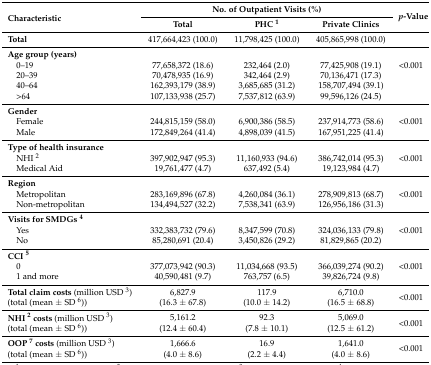
<table><thead><tr><td rowspan="2"><b>Characteristic</b></td><td colspan="3"><b>No. of Outpatient Visits (%)</b></td><td rowspan="2"><b><i>p</i>-Value</b></td></tr><tr><td><b>Total</b></td><td><b>PHC <sup>1</sup></b></td><td><b>Private Clinics</b></td></tr></thead><tbody><tr><td><b>Total</b></td><td>417,664,423 (100.0)</td><td>11,798,425 (100.0)</td><td>405,865,998 (100.0)</td><td></td></tr><tr><td><b>Age group (years)</b></td><td></td><td></td><td></td><td></td></tr><tr><td> 0–19</td><td>77,658,372 (18.6)</td><td>232,464 (2.0)</td><td>77,425,908 (19.1)</td><td>&lt;0.001</td></tr><tr><td>20–39</td><td>70,478,935 (16.9)</td><td>342,464 (2.9)</td><td>70,136,471 (17.3)</td><td></td></tr><tr><td>40–64</td><td>162,393,179 (38.9)</td><td>3,685,685 (31.2)</td><td>158,707,494 (39.1)</td><td></td></tr><tr><td>&gt;64</td><td>107,133,938 (25.7)</td><td>7,537,812 (63.9)</td><td>99,596,126 (24.5)</td><td></td></tr><tr><td><b>Gender</b></td><td></td><td></td><td></td><td></td></tr><tr><td>Female</td><td>244,815,159 (58.0)</td><td>6,900,386 (58.5)</td><td>237,914,773 (58.6)</td><td>&lt;0.001</td></tr><tr><td>Male</td><td>172,849,264 (41.4)</td><td>4,898,039 (41.5)</td><td>167,951,225 (41.4)</td><td></td></tr><tr><td><b>Type of health insurance</b></td><td></td><td></td><td></td><td></td></tr><tr><td>NHI <sup>2</sup></td><td>397,902,947 (95.3)</td><td>11,160,933 (94.6)</td><td>386,742,014 (95.3)</td><td>&lt;0.001</td></tr><tr><td>Medical Aid</td><td>19,761,477 (4.7)</td><td>637,492 (5.4)</td><td>19,123,984 (4.7)</td><td></td></tr><tr><td><b>Region</b></td><td></td><td></td><td></td><td></td></tr><tr><td>Metropolitan</td><td>283,169,896 (67.8)</td><td>4,260,084 (36.1)</td><td>278,909,813 (68.7)</td><td>&lt;0.001</td></tr><tr><td>Non-metropolitan</td><td>134,494,527 (32.2)</td><td>7,538,341 (63.9)</td><td>126,956,186 (31.3)</td><td></td></tr><tr><td><b>Visits for SMDGs <sup>4</sup></b></td><td></td><td></td><td></td><td></td></tr><tr><td>Yes</td><td>332,383,732 (79.6)</td><td>8,347,599 (70.8)</td><td>324,036,133 (79.8)</td><td>&lt;0.001</td></tr><tr><td>No</td><td>85,280,691 (20.4)</td><td>3,450,826 (29.2)</td><td>81,829,865 (20.2)</td><td></td></tr><tr><td><b>CCI <sup>5</sup></b></td><td></td><td></td><td></td><td></td></tr><tr><td>0</td><td>377,073,942 (90.3)</td><td>11,034,668 (93.5)</td><td>366,039,274 (90.2)</td><td>&lt;0.001</td></tr><tr><td>1 and more</td><td>40,590,481 (9.7)</td><td>763,757 (6.5)</td><td>39,826,724 (9.8)</td><td></td></tr><tr><td><b>Total claim costs</b> (million USD <sup>3</sup>)(total (mean ± SD <sup>6</sup>))</td><td>6,827.9 (16.3 ± 67.8)</td><td>117.9 (10.0 ± 14.2)</td><td>6,710.0 (16.5 ± 68.8)</td><td>&lt;0.001</td></tr><tr><td><b>NHI <sup>2</sup> costs</b> (million USD <sup>3</sup>)(total (mean ± SD <sup>6</sup>))</td><td>5,161.2 (12.4 ± 60.4)</td><td>92.3 (7.8 ± 10.1)</td><td>5,069.0 (12.5 ± 61.2)</td><td>&lt;0.001</td></tr><tr><td><b>OOP <sup>7</sup> costs</b> (million USD <sup>3</sup>)(total (mean ± SD <sup>6</sup>))</td><td>1,666.6 (4.0 ± 8.6)</td><td>16.9 (2.2 ± 4.4)</td><td>1,641.0 (4.0 ± 8.6)</td><td>&lt;0.001</td></tr></tbody></table>